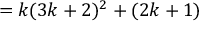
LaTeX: = k ( 3 k + 2 ) ^ { 2 } + ( 2 k + 1 )